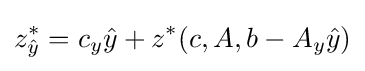
z_{\hat {y}}^{*}=c_{y}{\hat {y}}+z^{*}(c,A,b-A_{y}{\hat {y}})